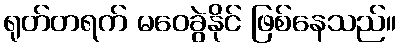
ရုတ်တရက် မဝေခွဲနိုင် ဖြစ်နေသည်။